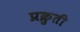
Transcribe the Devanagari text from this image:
प्रक्रुती